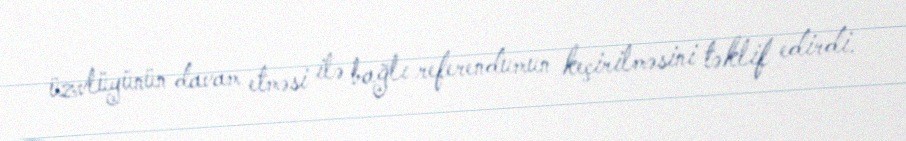
üzvlüyünün davam etməsi ilə bağlı referendumun keçirilməsini təklif edirdi.